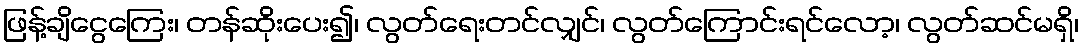
ဖြန့်ချိငွေကြေး၊ တန်ဆိုးပေး၍၊ လွတ်ရေးတင်လျှင်၊ လွတ်ကြောင်းရင်လော့၊ လွတ်ဆင်မရှိ၊